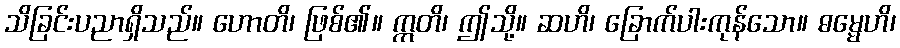
သိခြင်းပညာရှိသည်။ ဟောတိ၊ ဖြစ်၏။ ဣတိ၊ ဤသို့။ ဆဟိ၊ ခြောက်ပါးကုန်သော။ ဓမ္မေဟိ၊